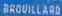
BROUILLARD